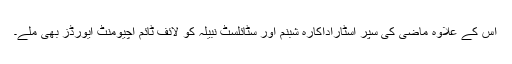
اس کے علاوہ ماضی کی سپر اسٹاراداکارہ شبنم اور سٹائلسٹ نبیلہ کو لائف ٹائم اچیومنٹ ایورڈز بھی ملے۔